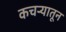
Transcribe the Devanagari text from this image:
कचऱ्यातून